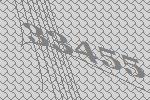
33455